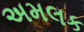
અમલક